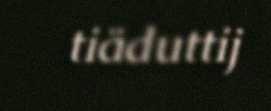
tiäduttij